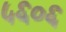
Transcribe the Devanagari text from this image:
५६०६